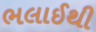
ભલાઈથી